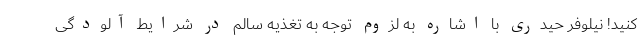
کنید! نیلوفر حیدری با اشاره به لزوم توجه به تغذیه سالم در شرایط آلودگی